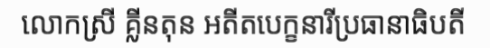
លោកស្រី គ្លីនតុន អតីតបេក្ខនារីប្រធានាធិបតី